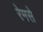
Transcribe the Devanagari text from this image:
रेमसे